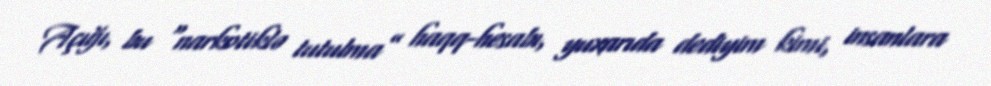
Açığı, bu “narkotiklə tutulma” haqq-hesabı, yuxarıda dediyim kimi, insanlara